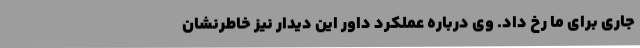
جاری برای ما رخ داد. وی درباره عملکرد داور این دیدار نیز خاطرنشان